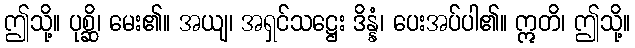
ဤသို့။ ပုစ္ဆိ၊ မေး၏။ အယျ၊ အရှင်သဋ္ဌေး ဒိန္နံ၊ ပေးအပ်ပါ၏။ ဣတိ၊ ဤသို့။